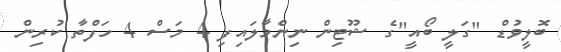
ބޮލީވުޑް "ގަލީ ބޯއީ"ގެ ޝޫޓިން ނިންމާލައިފި 4 މަސް 4 ހަފްތާ ކުރިން